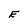
Character: E